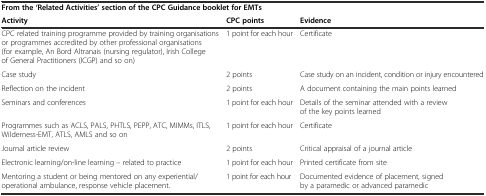
| <COLSPAN=3> From the ‘Related Activities’ section of the CPC Guidance booklet for EMTs |
 | Activity | CPC points | Evidence |
 | --- | --- | --- |
 | CPC related training programme provided by training organisations or programmes accredited by other professional organisations (for example, An Bord Altranais (nursing regulator), Irish College of General Practitioners (ICGP) and so on) | 1 point for each hour | Certificate |
 | Case study | 2 points | Case study on an incident, condition or injury encountered |
 | Reflection on the incident | 2 points | A document containing the main points learned |
 | Seminars and conferences | 1 point for each hour | Details of the seminar attended with a review of the key points learned |
 | Programmes such as ACLS, PALS, PHTLS, PEPP, ATC, MIMMs, ITLS, Wilderness-EMT, ATLS, AMLS and so on | 1 point for each hour | Certificate |
 | Journal article review | 2 points | Critical appraisal of a journal article |
 | Electronic learning/on-line learning – related to practice | 1 point for each hour | Printed certificate from site |
 | Mentoring a student or being mentored on any experiential/operational ambulance, response vehicle placement. | 1 point for each hour | Documented evidence of placement, signed by a paramedic or advanced paramedic |